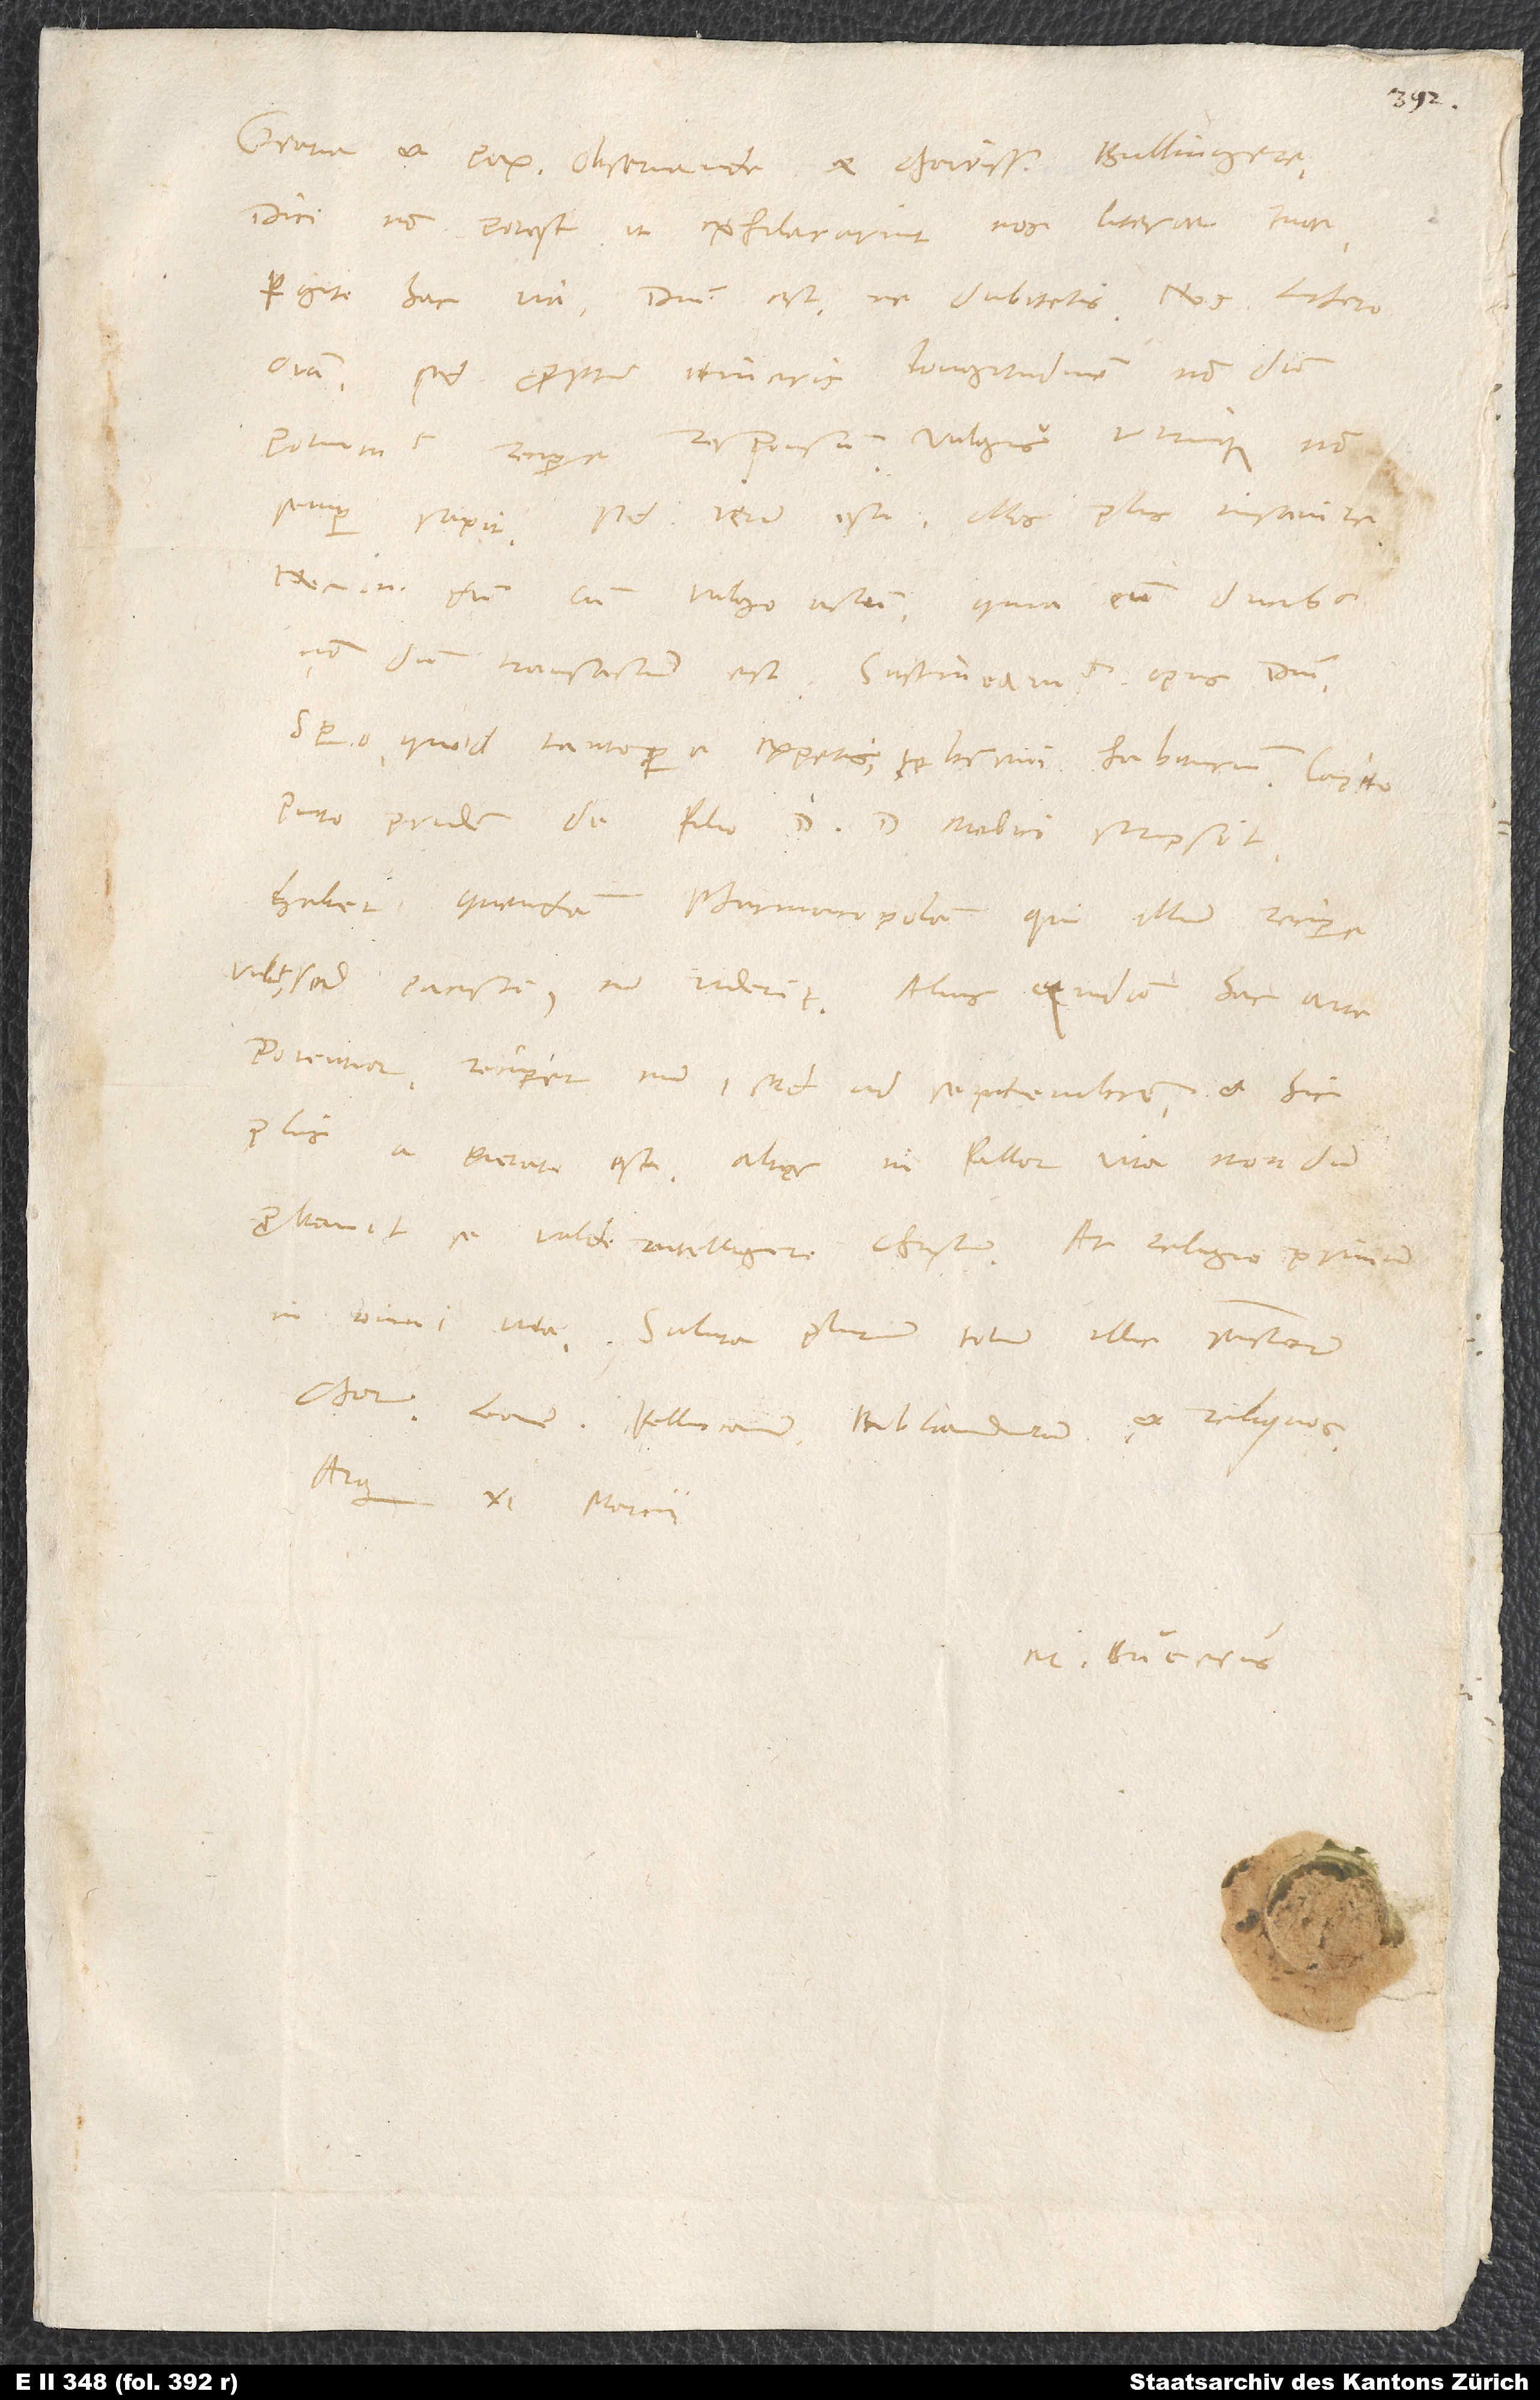
Gratia et pax, observande et charissime Bullingere.
Dici non potest, ut exhilararint nos literae tuae.
Pergite hac via; domini est, ne dubitetis. Nos Luthero
omnia, sed propter itineris longitudinem nondum
potuimus recipere responsum. Vulgus utrinque non
semper sapit. Sed verum est illos plus insanire,
nec enim dum cum vulgo actum, quia cum ducibus
nondum transactum est. Sustineamus opus domini.
Spero, quod tantopere expetis, te brevi habiturum.
puto, pridem de filio d. doctoris medici scripsit.
Habet quendam pharmacopolam, qui illum recipere
velit, sed pacisci, cum vident. Alius quidam hac arte
potentior recipiet eum, sed ad septembrem, et hic
plus a pietate est; alter, ni fallor, vita nondum
probavit se valde intelligere Christum. At religio primum
Saluta plurimum totum illic sanctorum
chorum, Leonem, Pellicanum, Bibliandrum et reliquos.
Arg, 11. marcii.
M. Bucerus.